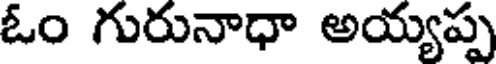
ఓం గురునాధా అయ్యప్ప